Indian Civil Veterinary Department memoirs
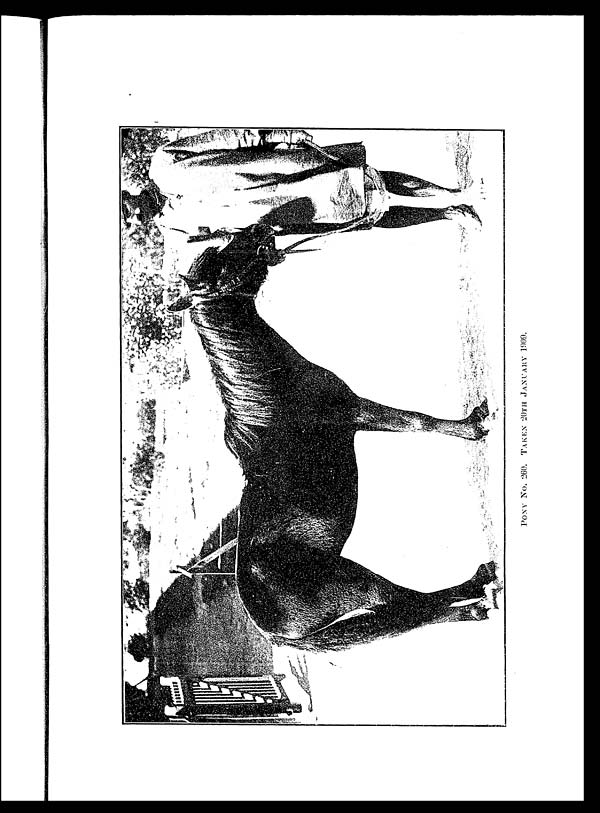
PONY No. 260. TAKEN 20TH JANUARY 1909.